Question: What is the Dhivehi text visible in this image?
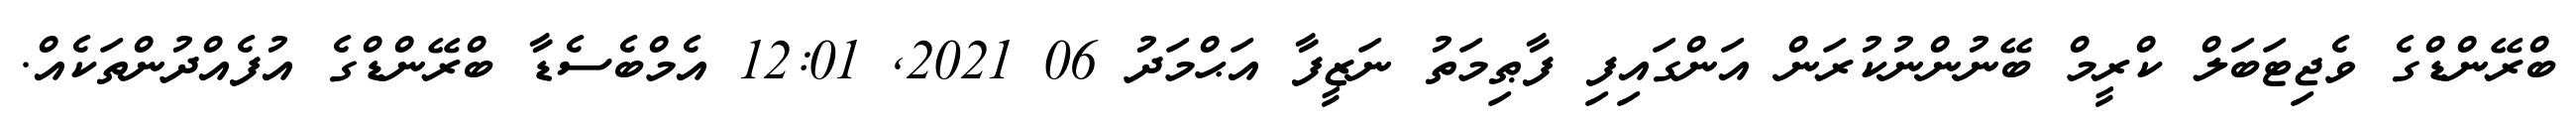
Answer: ބްރޭންޑްގެ ވެޖިޓަބަލް ކްރީމް ބޭނުންނުކުރަން އަންގައިފި ފާޠިމަތު ނަޒީފާ އަޙްމަދު 06 2021, 12:01 އެމްބެސެޑާ ބްރޭންޑްގެ އުފެއްދުންތަކެއް.